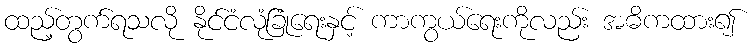
ထည့်တွက်ရသလို နိုင်ငံလုံခြုံရေးနှင့် ကာကွယ်ရေးကိုလည်း အဓိကထား၍